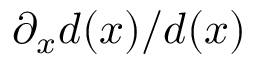
\partial _ { x } d ( x ) / d ( x )